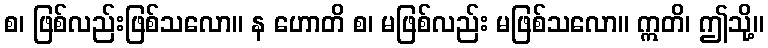
စ၊ ဖြစ်လည်းဖြစ်သလော။ န ဟောတိ စ၊ မဖြစ်လည်း မဖြစ်သလော။ ဣတိ၊ ဤသို့။